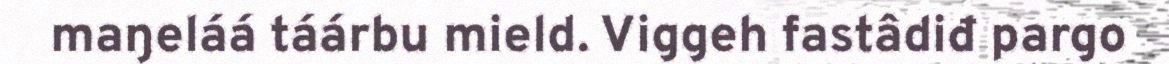
maŋeláá táárbu mield. Viggeh fastâdiđ pargo